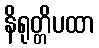
နိရုတ္တိပထာ